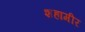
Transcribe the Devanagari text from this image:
शहामीर